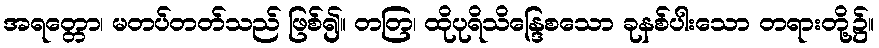
အရတ္တော၊ မတပ်တတ်သည် ဖြစ်၍။ တတြ၊ ထိုပုရိသိန္ဒြေစသော ခုနစ်ပါးသော တရားတို့၌။